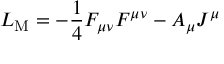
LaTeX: { \cal L } _ { \mathrm { M } } = - \frac { 1 } { 4 } F _ { \mu \nu } F ^ { \mu \nu } - A _ { \mu } J ^ { \mu }